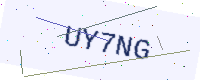
Text: UY7NG